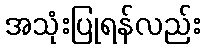
အသုံးပြုရန်လည်း